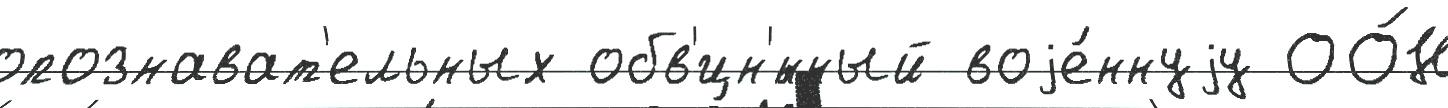
опознават'ельных обв'ин'́нный воjе́ннуjу ОО́Н